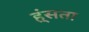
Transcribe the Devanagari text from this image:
ह्ंसता